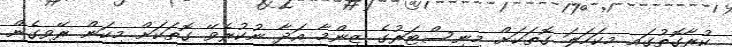
ކުރާގޮތުގައި މިކަހަލަ ގޮތަކަށް މިނިސްޓަރުގެ ޒިންމާ އަދާ ނުކުރެވޭ ގޮތަކަަށް މިކަން ރޭވިގެން